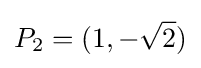
P_{2}=(1,-{\sqrt {2}})